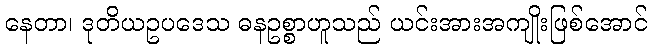
နေတာ၊ ဒုတိယဥပဒေသ ဓနဥစ္စာဟူသည် ယင်းအားအကျိုးဖြစ်အောင်